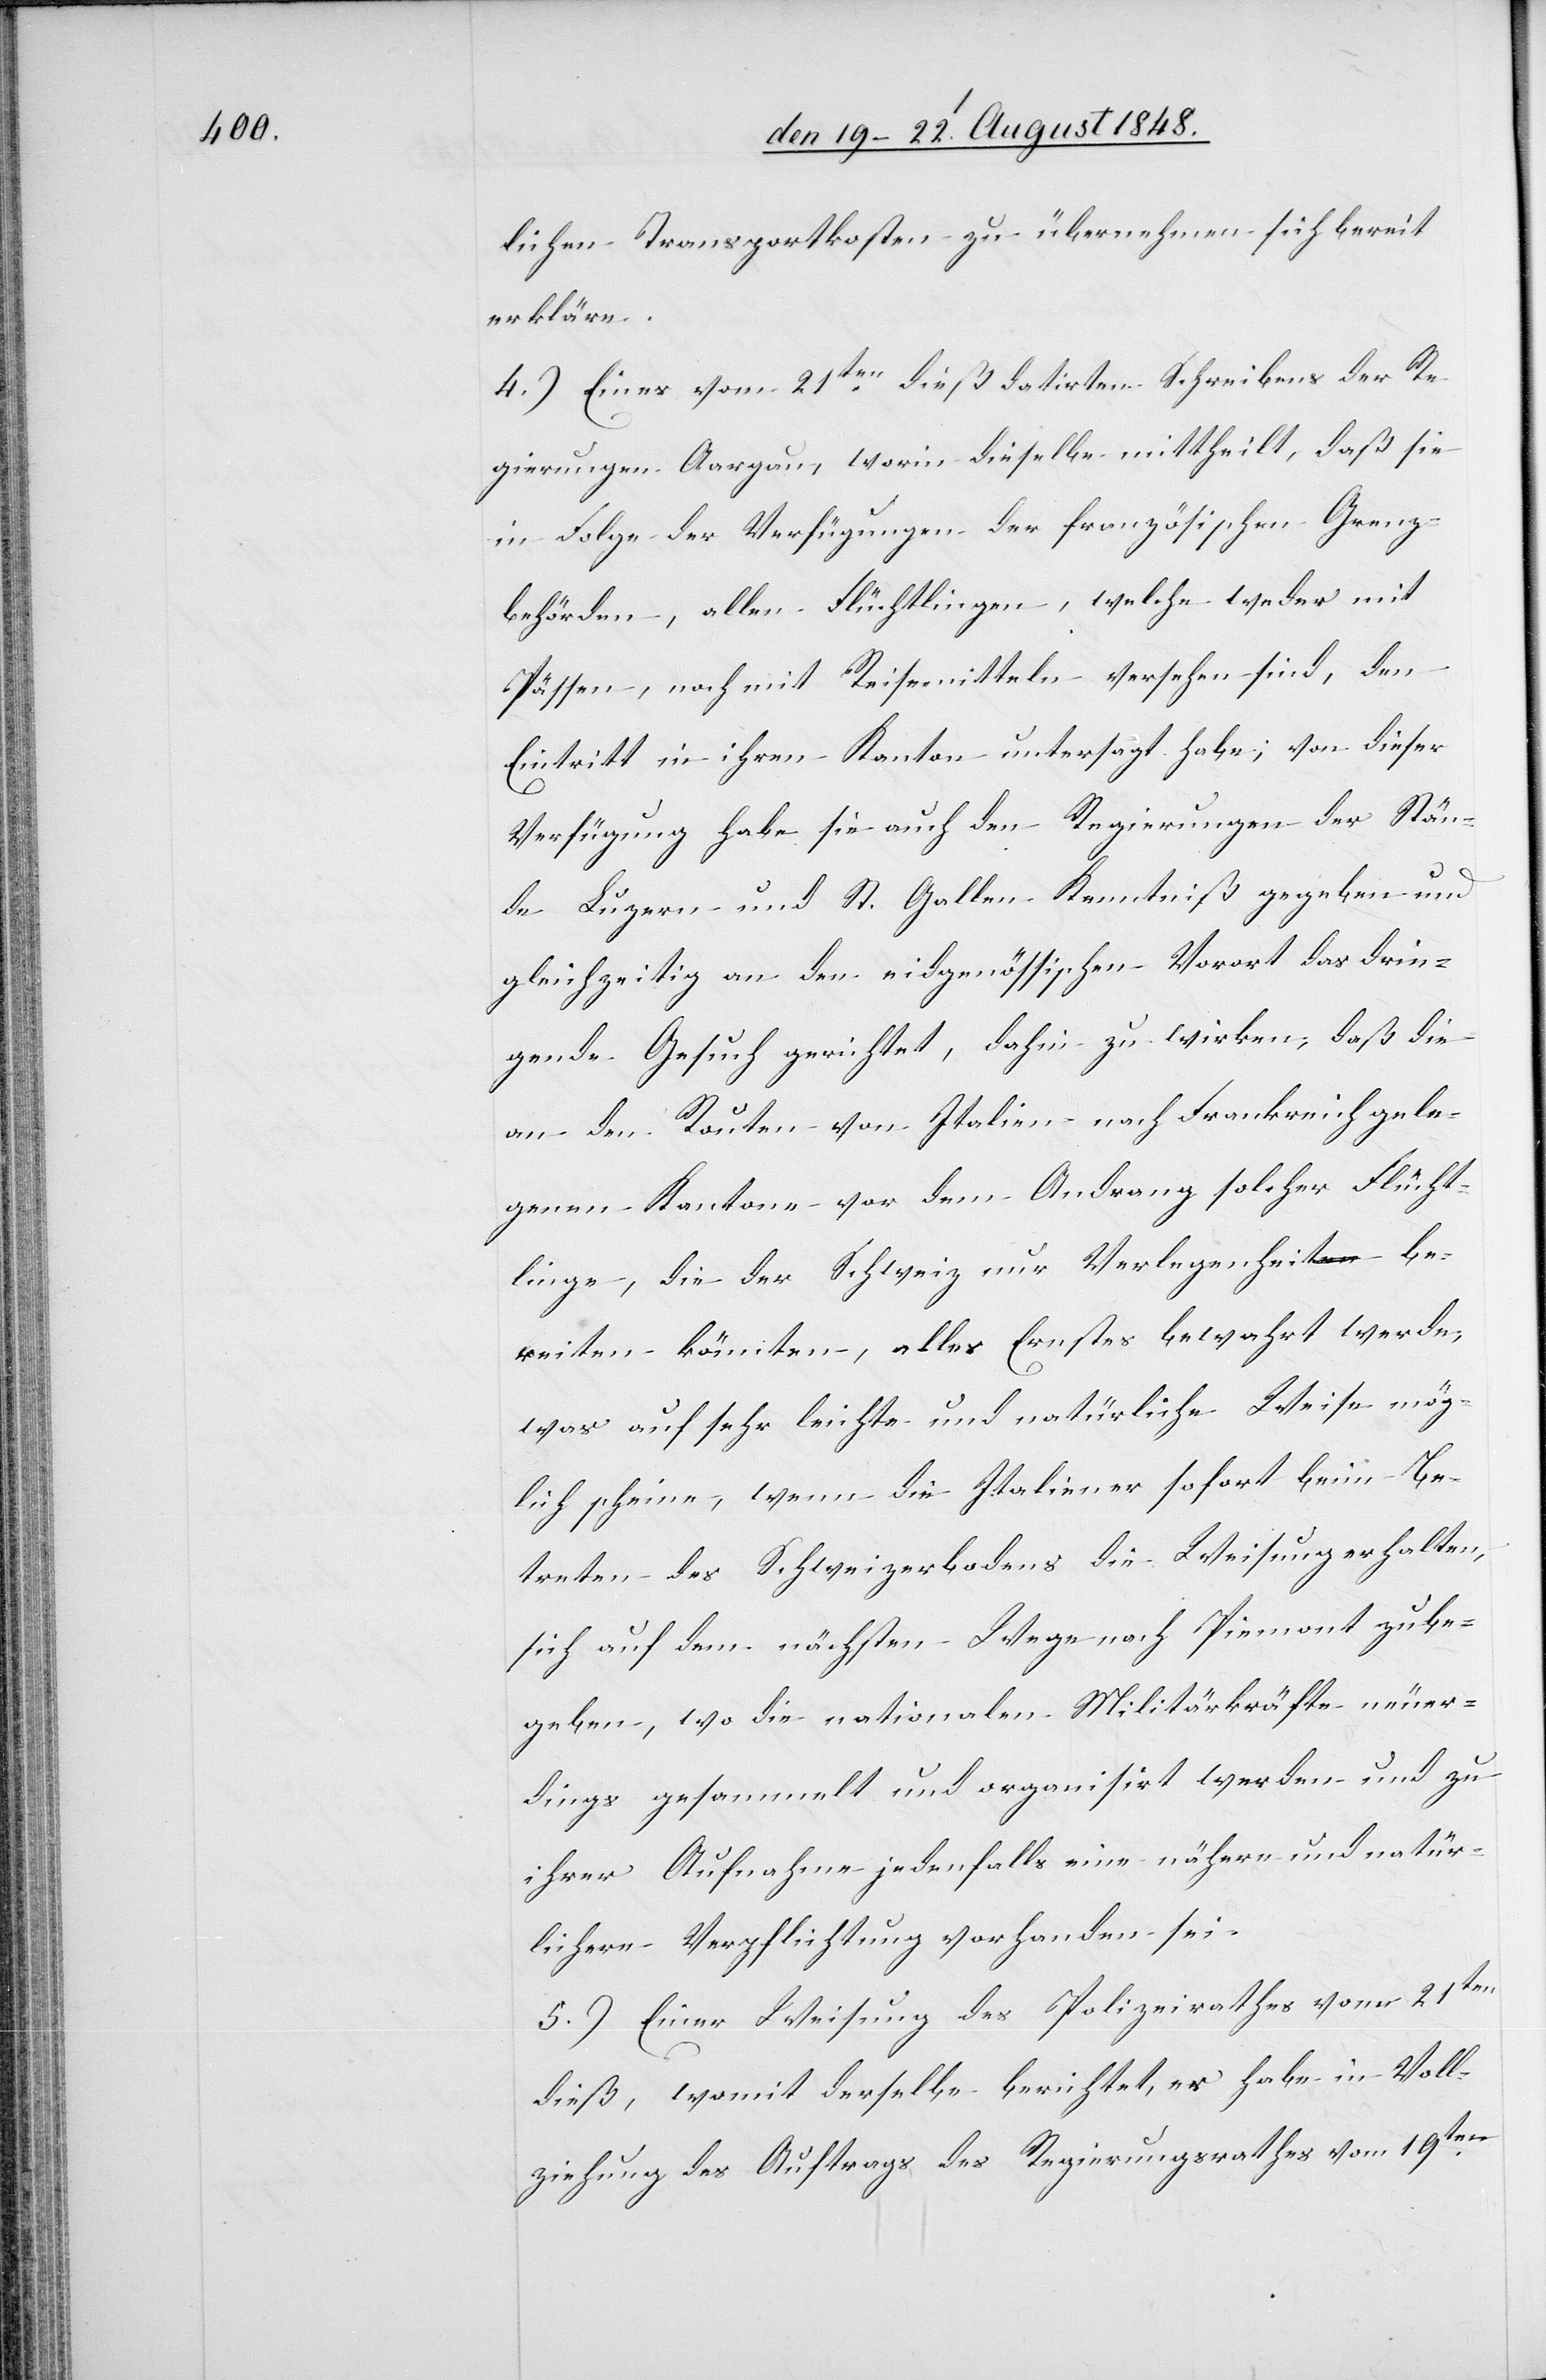
lichen Transportkosten zu übernehmen sich bereit
erkläre.
4.) Eines vom 21ten dieß datirten Schreibens der Re¬
gierung von Aargau, worin dieselbe mittheilt, daß sie
in Folge der Verfügungen der französischen Grenz¬
behörden, allen Flüchtlingen, welche weder mit
Pässen, noch mit Reisemitteln versehen sind, den
Eintritt in ihren Kanton untersagt habe; von dieser
Verfügung habe sie auch den Regierungen der Stän¬
de Luzern und St. Gallen Kenntniß gegeben und
gleichzeitig an den eidgenössischen Vorort das drin¬
gende Gesuch gerichtet, dahin zu wirken, daß die
an den Routen von Italien nach Frankreich gele¬
genen Kantone vor dem Andrang solcher Flücht¬
linge, die der Schweiz nur Verlegenheit be¬
reiten könnten, alles Ernstes bewahrt werde,
was auf sehr leichte und natürliche Weise mög¬
lich scheine, wenn die Italiener sofort beim Be¬
treten des Schweizerbodens die Weisung erhalten,
sich auf dem nächsten Wege nach Piemont zu be¬
geben, wo die nationalen Militärkräfte neuer¬
dings gesammelt und organisirt werden und zu
ihrer Aufnahme jedenfalls eine nähere und natür¬
lichere Verpflichtung vorhanden sei.
5.) Einer Weisung des Polizeirathes vom 21ten
dieß, womit derselbe berichtet, es habe in Voll¬
ziehung des Auftrags des Regierungsrathes vom 19ten